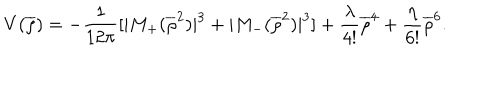
V ( \overline { { { \rho } } } ) = - \frac { 1 } { 1 2 \pi } [ | M _ { + } ( \overline { { { \rho } } } ^ { 2 } ) | ^ { 3 } + | M _ { - } ( \overline { { { \rho } } } ^ { 2 } ) | ^ { 3 } ] + \frac { \lambda } { 4 ! } \overline { { { \rho } } } ^ { 4 } + \frac { \eta } { 6 ! } \overline { { { \rho } } } ^ { 6 } .